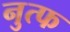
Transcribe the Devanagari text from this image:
नुत्फ